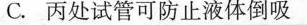
C.丙处试管可防止液体倒吸